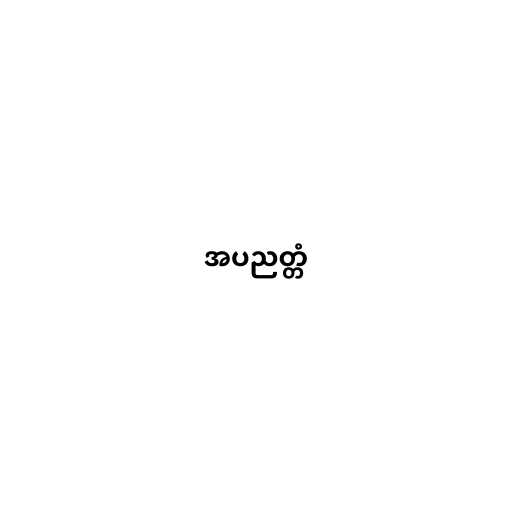
အပညတ္တံ